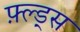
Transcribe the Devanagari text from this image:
फ़्ल्ड्स